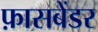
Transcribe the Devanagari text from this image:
फ़ासबेंडर